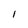
Character: l